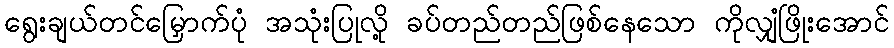
ရွေးချယ်တင်မြှောက်ပုံ အသုံးပြုလို့ ခပ်တည်တည်ဖြစ်နေသော ကိုလျှံဖြိုးအောင်